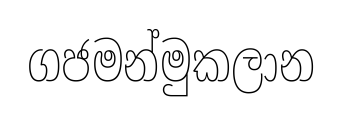
ගජමන්මුකලාන